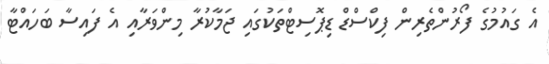
އެ ގައުމުގެ ފޯރުންތެރިން ފިކްސްޑް ޑިޕޮސިޓްތަކުގައި ޖަމާކުރާ މިންވަރާއި އެ ފައިސާ ބަހައްޓާ